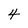
Character: 4